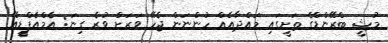
މުޝީ ބްރޭންޑްގެ ތަށީގައި މައްދާއެއް ހުންނަން ޖެހޭ ވަރަށް ވުރެ ގިނަ: އެމްއެފްޑީއޭ